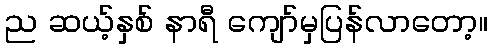
ည ဆယ့်နှစ် နာရီ ကျော်မှပြန်လာတော့။